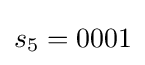
s_{5}=0001